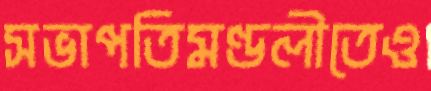
সভাপতিমণ্ডলীতেও